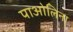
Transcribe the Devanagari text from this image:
पाओलिना